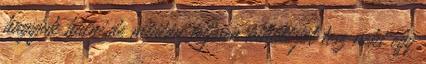
hagyjuk hűlni,de miután teljesen kihűlt jót tesz neki egy